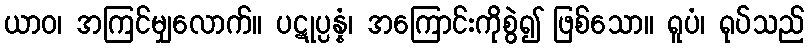
ယာဝ၊ အကြင်မျှလောက်။ ပဋုပ္ပန္နံ၊ အကြောင်းကိုစွဲ၍ ဖြစ်သော။ ရူပံ၊ ရုပ်သည်